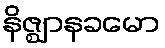
နိဇ္ဈာနခမော